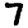
Digit: 7